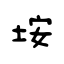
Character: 垵